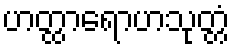
ဟတ္ထာရောဟသုတ္တံ